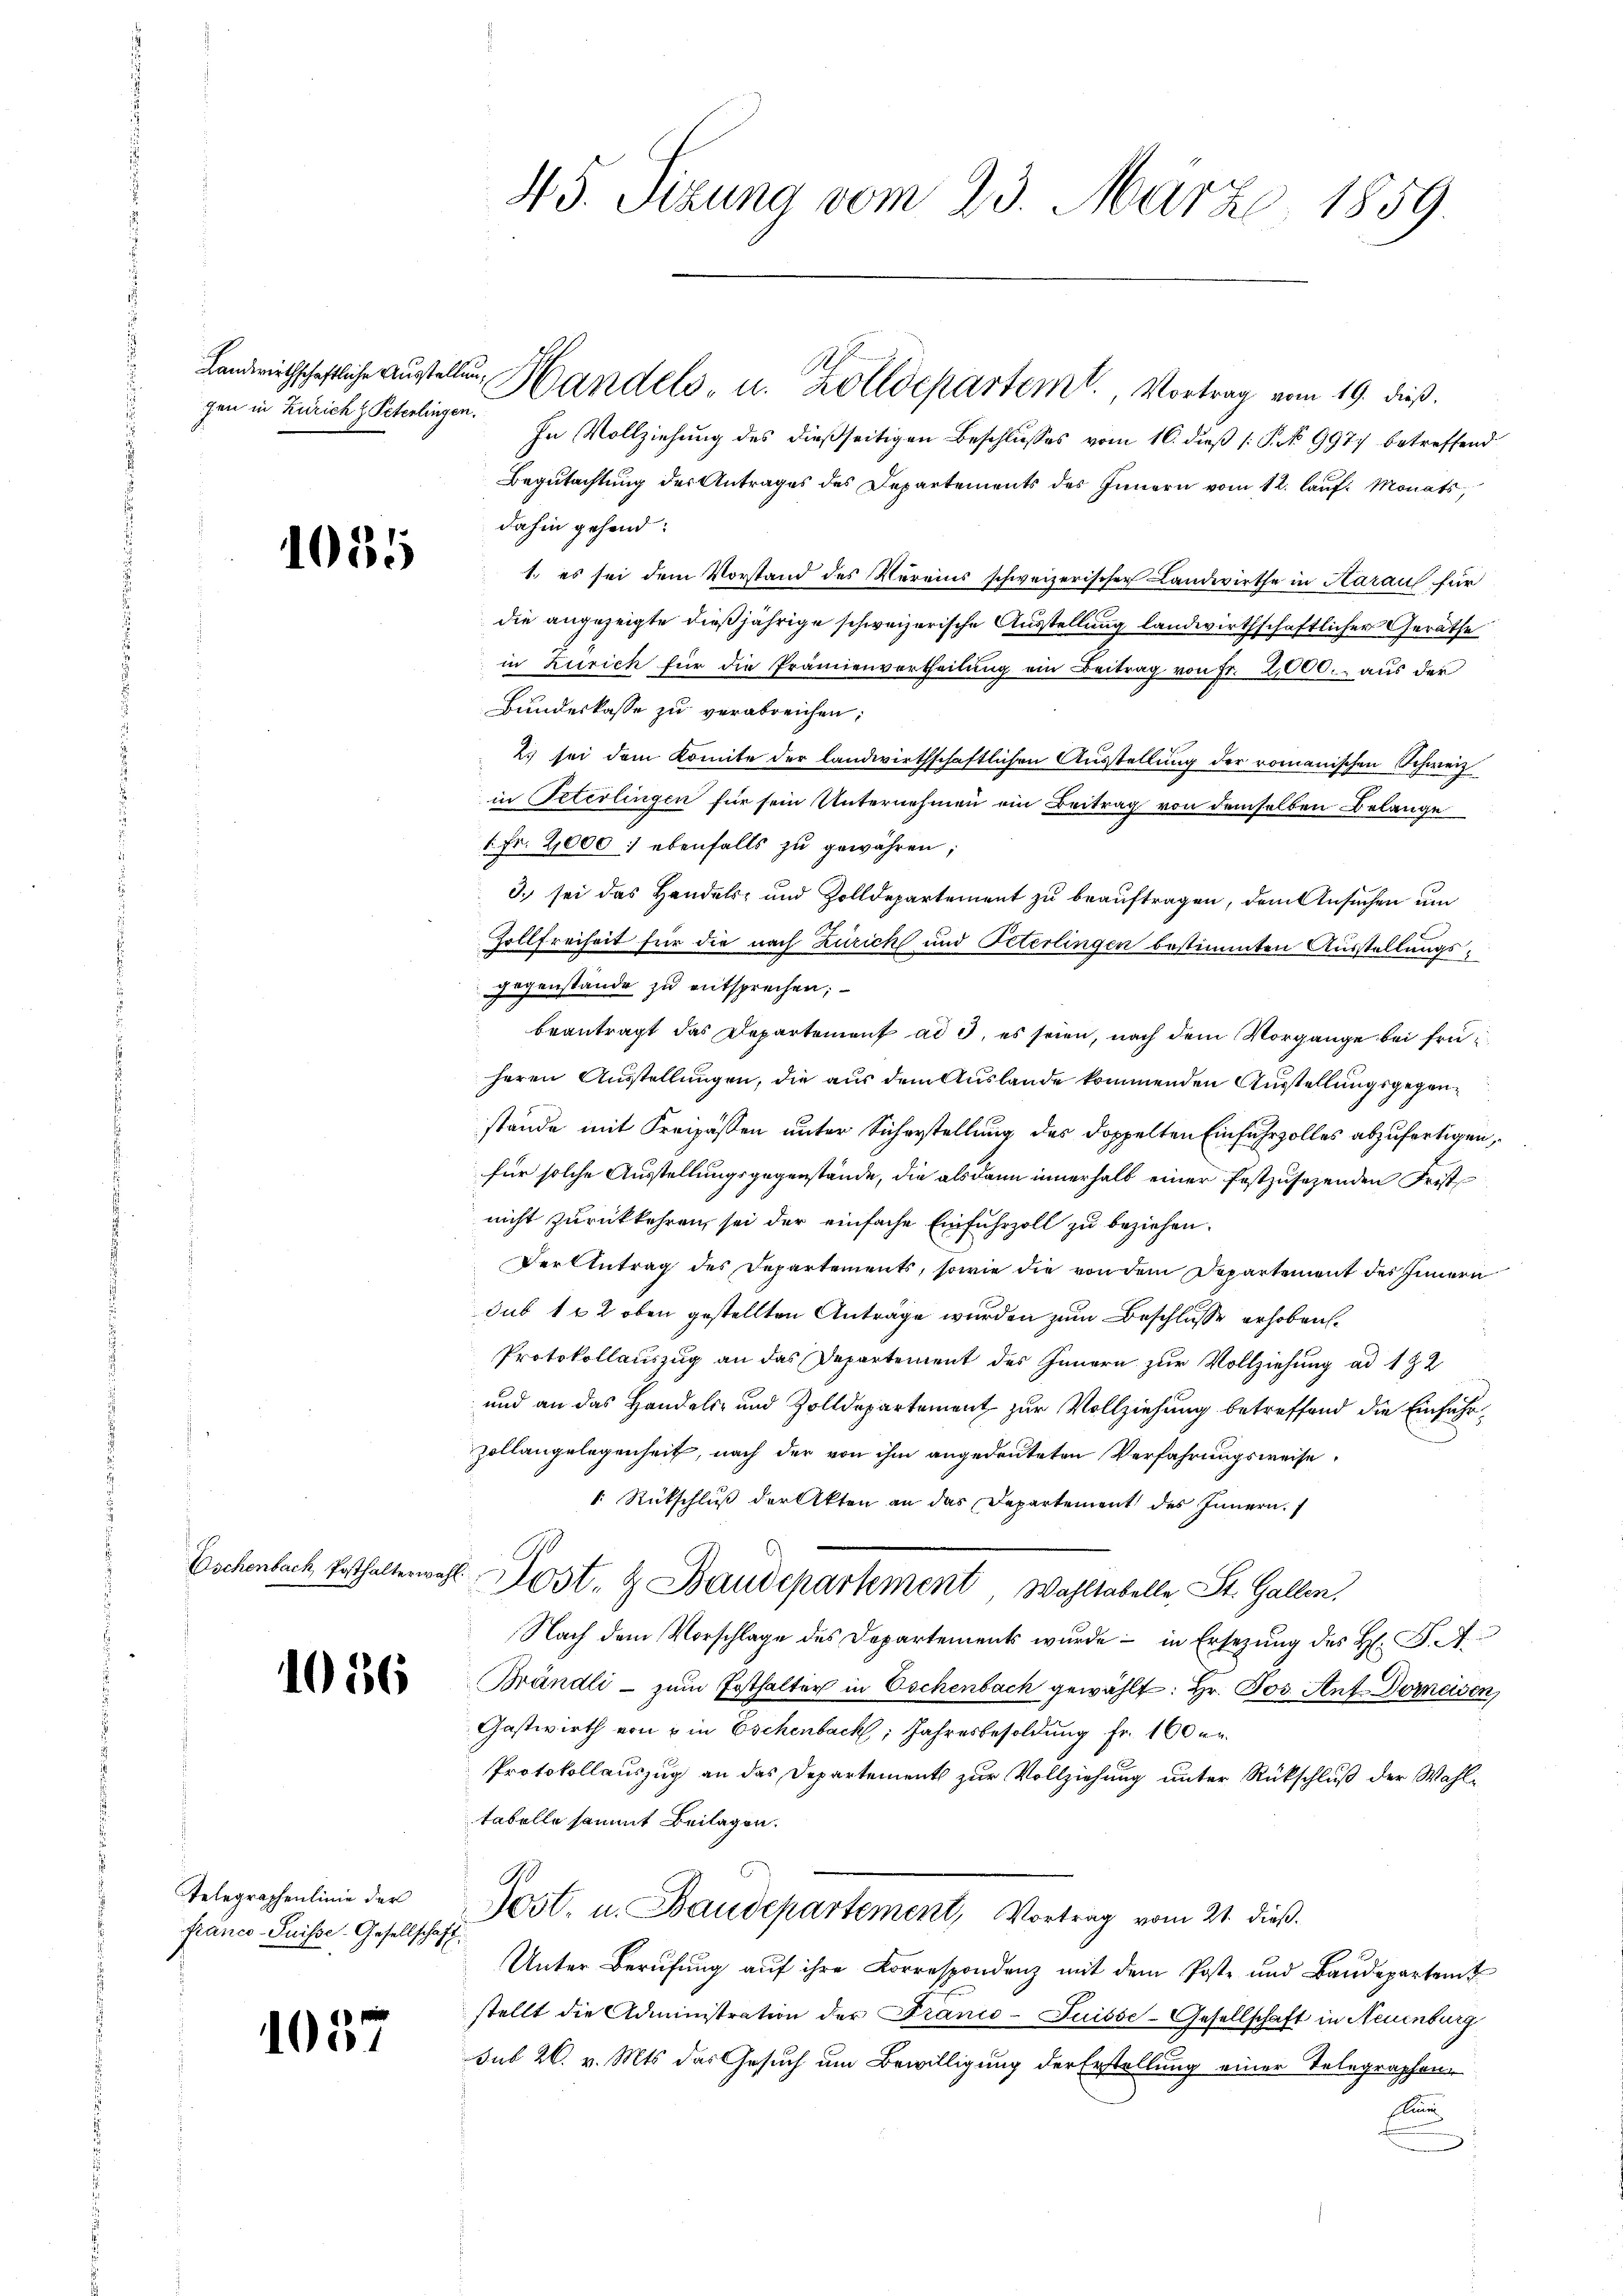
gen in Zürich Peterlingen.

1085

1036

In Vollziehung des dießseitigen Beschlusses vom 16. dieß (: P. Nr. 9977 betreffend
Begutachtung des Antrages des Departements des Innern vom 12. laŭf. Monats,
dahin gehend:
1. es sei dem Vorstand des Vereins schweizerischer Landwirthe in Haraus für
die angezeigte dießjährige schweizerische Ausstellung landwirthschaftlicher Geräthe
in Zürich für die Prämienvertheilŭng ein Beitrag von Fr. 2,000. aus der
Bundeskasse zu verabreichen;
2) sei dem Komite der landwirthschaftlichen Ausstellung der romanischen Schweiz
in Peterlingen für sein Unternehmen ein Beitrag von demselben Belange
1fr. 2,000 : ebenfalls zu gewähren;
3. sei das Handels- und Zolldepartement zu beauftragen, dem Ansuchen um
Hollfreiheit für die nach Zürich und Peterlingen bestimmten Ausstellungsgegenstände zu entsprechen;
beantragt das Departement ad 3, es seien, nach dem Vorgange bei früheren Ausstellungen, die aus dem Auslande kommenden Ausstellungsgegenstände mit Kreisassen unter Sicherstellung des doppelten Einfuhrzolles abzufertigen,
für solche Ausstellungsgegenstände, die alsdann innerhalb einer festzusetzenden Frist
nicht zurückkehren, sei der einfache Einfuhrzoll zu beziehen.
Der Antrag des Departements, sowie die von dem Departement des Innern
sub 1 x 2 oben gestellten Anträge wurden zum Beschlusse erhoben.
Protokollauszug an das Departement des Innern zur Vollziehung ad 182
und an das Handels- und Zolldepartement zur Vollziehung betreffend die Einfuhr¬
Zollangelegenheit, nach der von ihm angedeuteten Verfahrungsweise
. Rückschluß der Akten an das Departement des Innern.
Eschenbach Ersthalterwahl Post- & Baudepartement, Wahltabelle St. Gallen,
Nach dem Vorschlage des Departements wurde - in Ersezung des H. F. A.
Brändli - zum Ersthalter in Eschenbach gewählt: Hr. Jos. Ant. Domeisen,
Gastwirth von & in Eschenbach, Jahresbesoldung Fr. 160 un
Protokollauszug an das Departements zur Vollziehung unter Rückschluß der Wahltabelle sammt Beilagen.
.
Jost. u. Baudepartement, Vortrag vom 21. dieß.
Unter Berufung auf ihre Korrespondenz mit dem Poste und Baudepartamt
stellt die Administration der Franco-Suisse-Gesellschaft in Neuenburg
sub 20. v. Mts. das Gesuch um Bewilligung der Erstellung einer Telegraphen¬
Ein

Telegraphenlinie der
Franco-Suisse-Gesellschaft.

1037

45. Sizung vom 23. März 1859.

.
Landwirthschaftliche austellŭng Handels- u. Zolldepartem Vortrag vom 19. dieß.